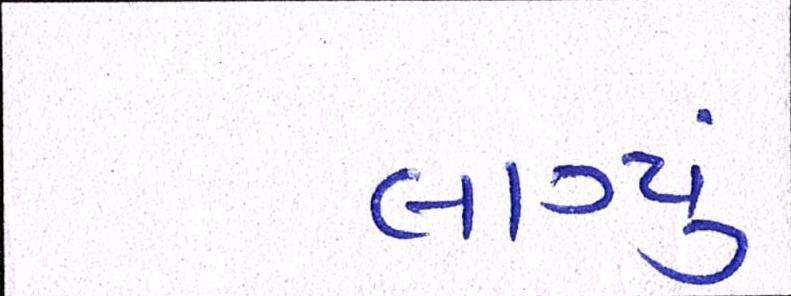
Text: લાગ્યું